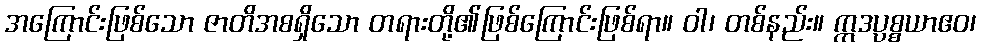
အကြောင်းဖြစ်သော ဇာတိအစရှိသော တရားတို့၏ဖြစ်ကြောင်းဖြစ်ရာ။ ဝါ၊ တစ်နည်း။ ဣဒပ္ပစ္စယာဧဝ၊